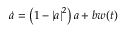
\dot { a } = \left( 1 - \left| a \right| ^ { 2 } \right) a + b w ( t )